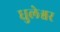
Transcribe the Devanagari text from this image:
धुलेश्वर